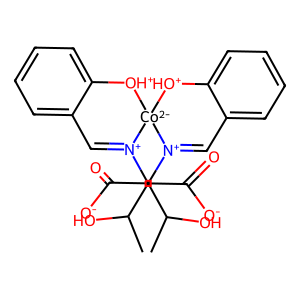
SMILES: CC(O)C(C(=O)[O-])[N+]1=Cc2ccccc2[OH+][Co-2]12[OH+]c1ccccc1C=[N+]2C(C(=O)[O-])C(C)O
Inhibits HIV replication: No